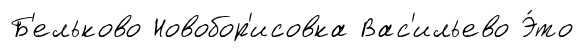
Б'ельково Новобор'исовка Вас'ильево Э́то